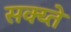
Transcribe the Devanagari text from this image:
सक्य्ते